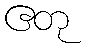
ဧတု